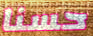
حسنا